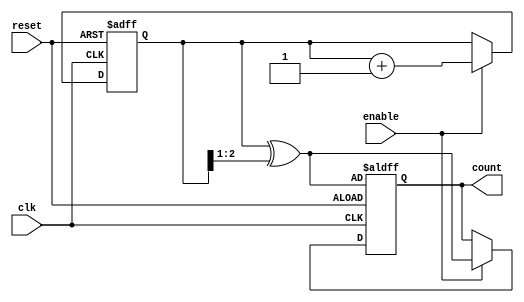
module gray_code_async_counter #(parameter N = 3) (
    input wire reset,       // Asynchronous reset
    input wire enable,      // Enable signal
    input wire clk,         // Clock signal (not used for counting)
    output reg [N-1:0] count // Current Gray code count output
);

    // Binary representation of the counter
    reg [N-1:0] binary_count;

    // Gray code conversion function
    function [N-1:0] binary_to_gray;
        input [N-1:0] binary;
        begin
            binary_to_gray = binary ^ (binary >> 1);
        end
    endfunction

    // Asynchronous reset and enable based on transitions
    always @(posedge clk or posedge reset) begin
        if (reset) begin
            // Reset to 0 in Gray code, which is represented by binary 0
            binary_count <= 0;
            count <= binary_to_gray(binary_count);
        end else if (enable) begin
            // Increment binary count and convert to Gray code
            binary_count <= binary_count + 1;
            count <= binary_to_gray(binary_count);
        end
    end

endmodule